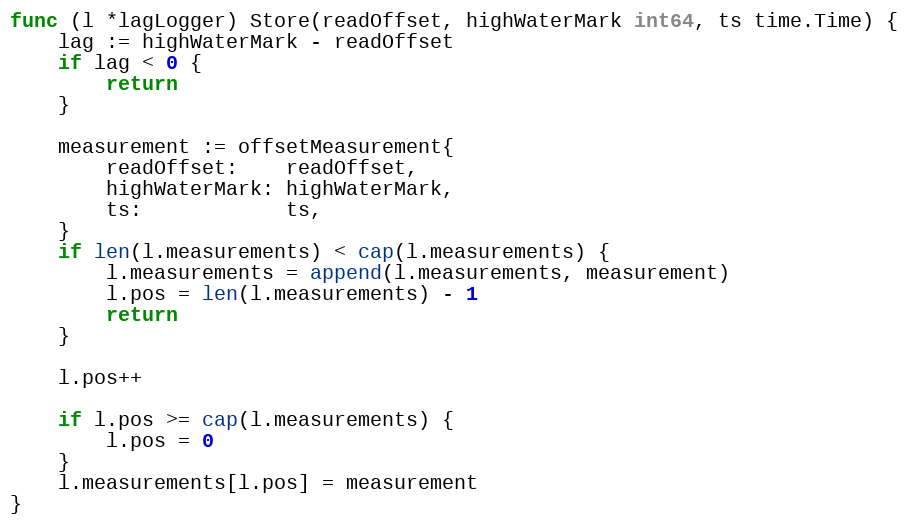
Language: Go
func (l *lagLogger) Store(readOffset, highWaterMark int64, ts time.Time) {
	lag := highWaterMark - readOffset
	if lag < 0 {
		return
	}

	measurement := offsetMeasurement{
		readOffset:    readOffset,
		highWaterMark: highWaterMark,
		ts:            ts,
	}
	if len(l.measurements) < cap(l.measurements) {
		l.measurements = append(l.measurements, measurement)
		l.pos = len(l.measurements) - 1
		return
	}

	l.pos++

	if l.pos >= cap(l.measurements) {
		l.pos = 0
	}
	l.measurements[l.pos] = measurement
}